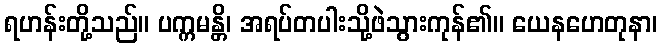
ရဟန်းတို့သည်။ ပက္ကမန္တိ၊ အရပ်တပါးသို့ဖဲသွားကုန်၏။ ယေနဟေတုနာ၊